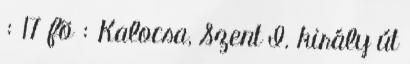
: 17 fõ : Kalocsa, Szent I. király út